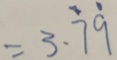
= 3 . \dot { 7 } \dot { 9 }